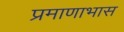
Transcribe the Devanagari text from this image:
प्रमाणाभास